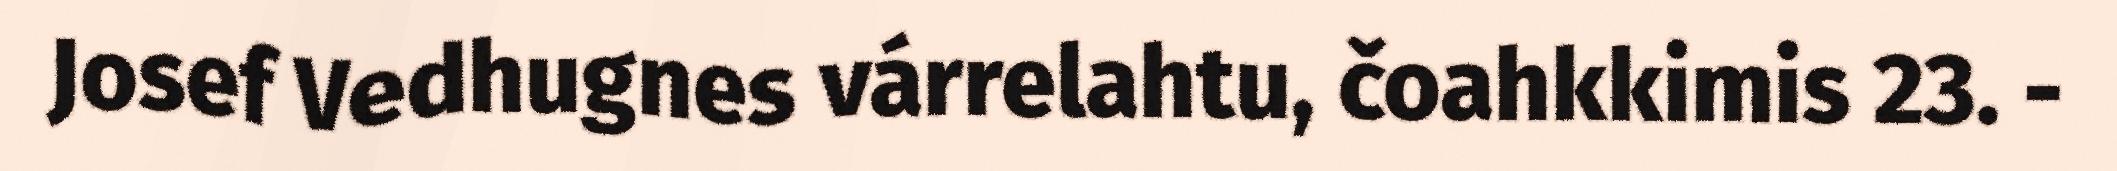
Josef Vedhugnes várrelahtu, čoahkkimis 23. -